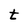
Character: t